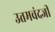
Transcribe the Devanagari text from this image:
उत्तमचंदजी